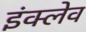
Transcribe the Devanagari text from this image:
इंक्लेव